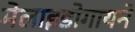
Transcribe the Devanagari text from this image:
मेलाइडोगायने